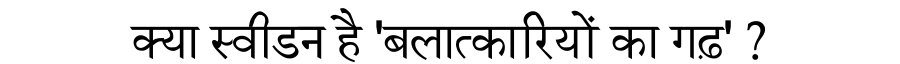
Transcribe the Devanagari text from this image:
क्या स्वीडन है 'बलात्कारियों का गढ़' ?